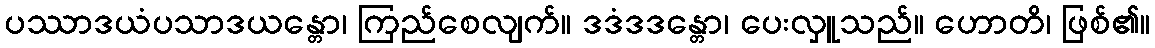
ပဿာဒယံပသာဒယန္တော၊ ကြည်စေလျက်။ ဒဒံဒဒန္တော၊ ပေးလှူသည်။ ဟောတိ၊ ဖြစ်၏။